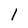
Character: l